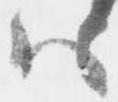
ハ